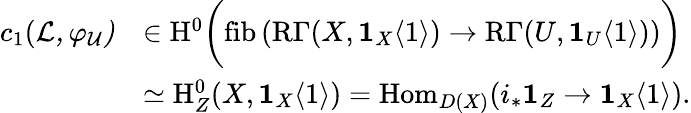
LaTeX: \begin{array}{rl}{c_{1}(\cal{L},\varphi_{U})}&{\in\mathrm{H}^{0}\bigg(\mathrm{fib}\left(\mathrm{R}\Gamma(X,\mathbf{1}_{X}\langle 1\rangle)\to\mathrm{R}\Gamma(U,\mathbf{1}_{U}\langle 1\rangle)\right)\bigg)}\\ &{\simeq\mathrm{H}_{Z}^{0}(X,\mathbf{1}_{X}\langle 1\rangle)=\mathrm{Hom}_{D(X)}(i_{*}\mathbf{1}_{Z}\to\mathbf{1}_{X}\langle 1\rangle).}\end{array}